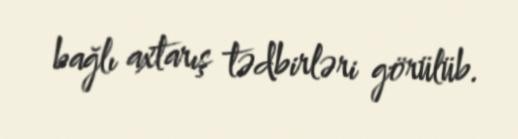
bağlı axtarış tədbirləri görülüb.